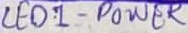
Text: LED1 - POWER